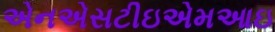
એનએસટીઇએમઆઇ